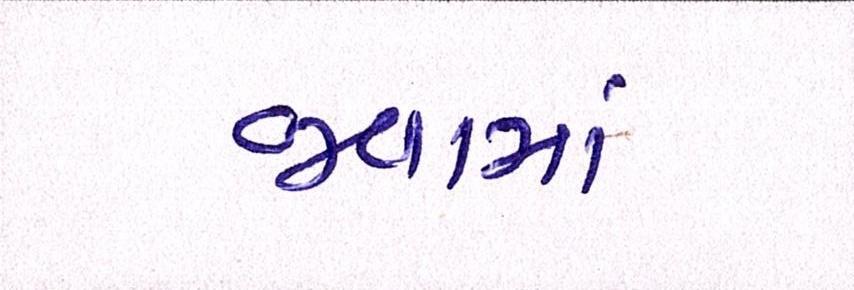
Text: જવામાં